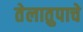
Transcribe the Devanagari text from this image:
तेलातुपाचे